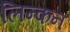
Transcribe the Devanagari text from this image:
लिन्कन